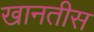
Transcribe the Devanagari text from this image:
खानतीस